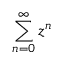
\sum _ { n = 0 } ^ { \infty } z ^ { n }